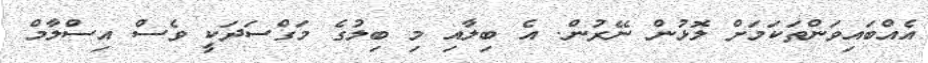
އެއްބައިވަންތަކަމަށް ލޮޅުން ނޭރުން. އެ ބިލާއި މި ބިލުގެ މަގްސަދަކީ ވެސް އިސްލާމް